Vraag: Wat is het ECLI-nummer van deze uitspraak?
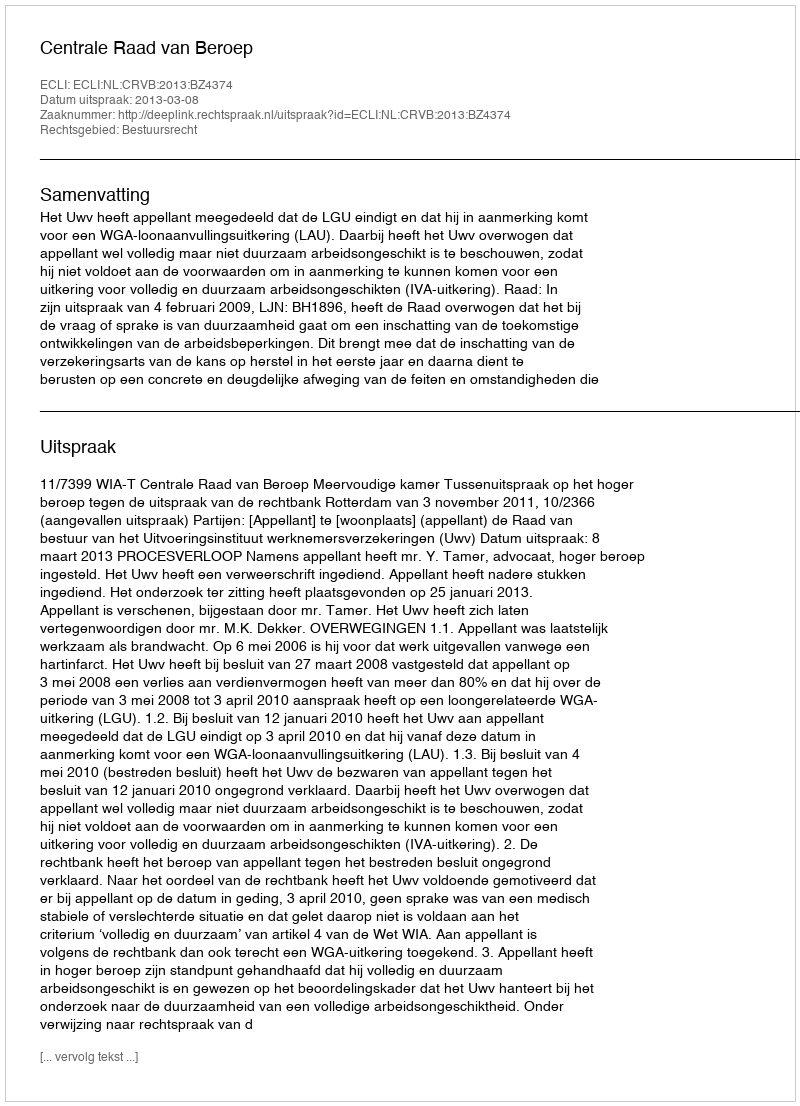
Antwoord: ECLI:NL:CRVB:2013:BZ4374